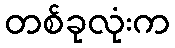
တစ်ခုလုံးက